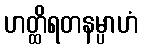
ဟတ္ထိရတနမ္ပာဟံ